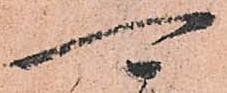
可